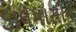
ડાલમાસીન